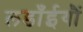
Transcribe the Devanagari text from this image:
लडाँईयौं